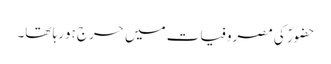
حضورؐ کی مصروفیات میں حرج ہورہا تھا۔